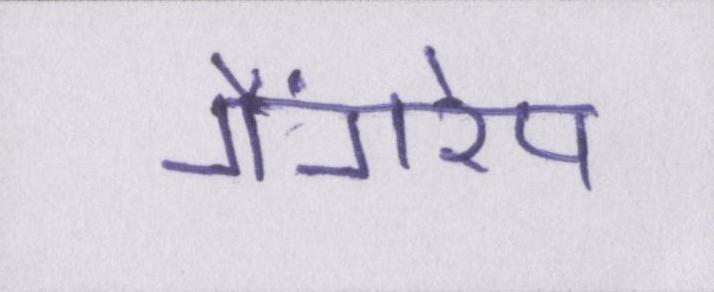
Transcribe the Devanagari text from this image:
गैंगरेप